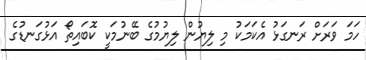
ހަމަ ވަރަށް ރަނގަޅު އެކަމަކު މި ލިޔުން ލިޔުމުގެ ބޭނުމަކީ ކޮބައިތޯ އަޅުގަނޑުގެ